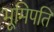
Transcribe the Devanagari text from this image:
भूमिपति